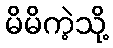
မိမိကဲ့သို့